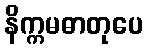
နိက္ကမဓာတုပေ